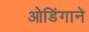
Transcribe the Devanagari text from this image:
ओडिंगाने